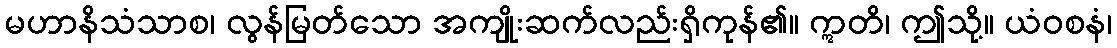
မဟာနိသံသာစ၊ လွန်မြတ်သော အကျိုးဆက်လည်းရှိကုန်၏။ ဣတိ၊ ဤသို့။ ယံဝစနံ၊